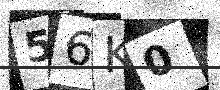
Text: 56K0